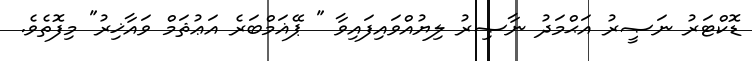
ޑޮކްޓަރު ނަޞީރު އަޙްމަދު ނާޞިރު ލިޔުއްވައިފައިވާ " ޕޭޣަމްބަރެ އަޢުޘަމް ވައާޚިރު" މިފޮތެވެ.